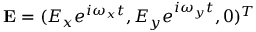
\mathbf { E } = ( E _ { x } e ^ { i \omega _ { x } t } , E _ { y } e ^ { i \omega _ { y } t } , 0 ) ^ { T }